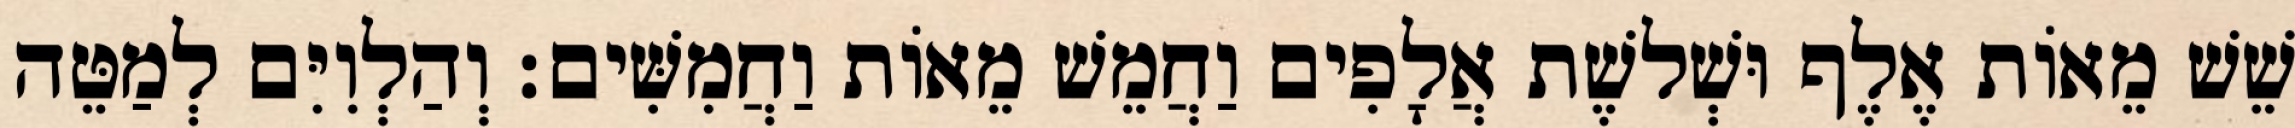
שֵׁשׁ מֵאוֹת אֶלֶף וּשְׁלשֶׁת אֲלָפִים וַחֲמֵשׁ מֵאוֹת וַחֲמִשִּׁים׃ וְהַלְוִיִּם לְמַטֵּה